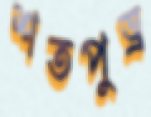
শতপুত্র